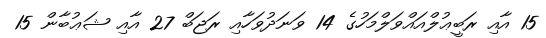
15 އާއި ރަބީޢުލްއައްވަލްމަހުގެ 14 ވަނަދުވަހާއި ރަޖަބް 27 އާއި ޝަޢުބާން 15